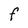
Character: F